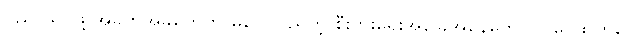
ပညာသင်ဖို့ အခက်အခဲတွေက မပြေလည်တဲ့ စီးပွားရေးအခြေအနေတွေ၊ ဝင်ငွေထွက်ငွေ